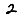
Digit: 2